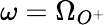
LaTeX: \omega=\Omega_{O^{+}}